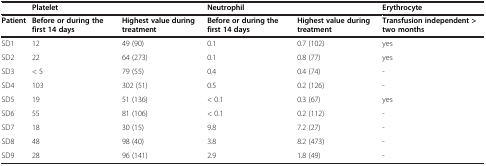
<table><thead><tr><td>[EMPTY_CELL]</td><td colspan="2"><b>Platelet</b></td><td colspan="2"><b>Neutrophil</b></td><td><b>Erythrocyte</b></td></tr></thead><tbody><tr><td><b>Patient</b></td><td><b>Before or during the first 14 days</b></td><td><b>Highest value during treatment</b></td><td><b>Before or during the first 14 days</b></td><td><b>Highest value during treatment</b></td><td><b>Transfusion independent &gt; two months</b></td></tr><tr><td>SD1</td><td>12</td><td>49 (90)</td><td>0.1</td><td>0.7 (102)</td><td>yes</td></tr><tr><td>SD2</td><td>22</td><td>64 (273)</td><td>0.1</td><td>0.8 (77)</td><td>yes</td></tr><tr><td>SD3</td><td>&lt; 5</td><td>79 (55)</td><td>0.4</td><td>0.4 (74)</td><td>-</td></tr><tr><td>SD4</td><td>103</td><td>302 (51)</td><td>0.5</td><td>0.2 (126)</td><td>-</td></tr><tr><td>SD5</td><td>19</td><td>51 (136)</td><td>&lt; 0.1</td><td>0.3 (67)</td><td>yes</td></tr><tr><td>SD6</td><td>55</td><td>81 (106)</td><td>&lt; 0.1</td><td>0.2 (112)</td><td>-</td></tr><tr><td>SD7</td><td>18</td><td>30 (15)</td><td>9.8</td><td>7.2 (27)</td><td>-</td></tr><tr><td>SD8</td><td>48</td><td>98 (40)</td><td>3.8</td><td>8.2 (473)</td><td>-</td></tr><tr><td>SD9</td><td>28</td><td>96 (141)</td><td>2.9</td><td>1.8 (49)</td><td>-</td></tr></tbody></table>